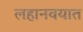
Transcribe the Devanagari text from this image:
लहानवयात